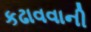
કઢાવવાની